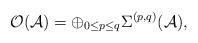
LaTeX: \begin{align*}{\mathcal{O(A)}} = \oplus_{0\leq p\leq q}\Sigma^{(p,q)}(\mathcal{A}),\end{align*}